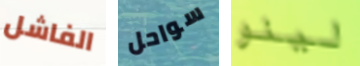
الفاشل سواحل لينو